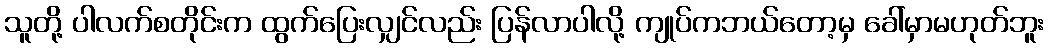
သူတို့ ပါလက်စတိုင်းက ထွက်ပြေးလျှင်လည်း ပြန်လာပါလို့ ကျုပ်ကဘယ်တော့မှ ခေါ်မှာမဟုတ်ဘူး